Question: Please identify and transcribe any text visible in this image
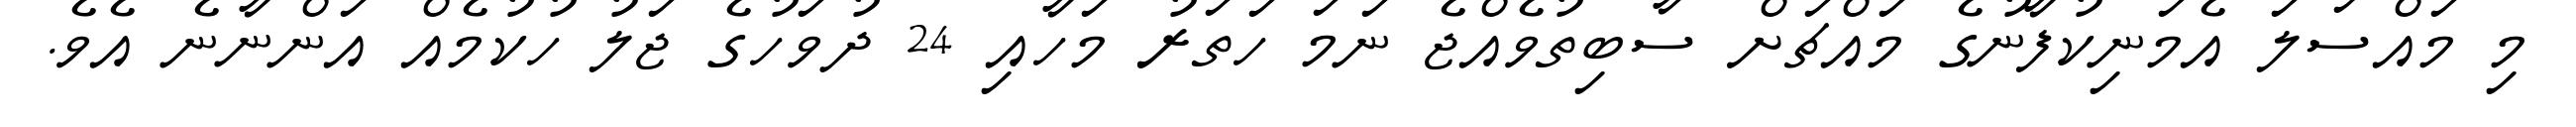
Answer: މި މައްސަލަ އެމަނިކުފާނުގެ މައްޗަށް ސާބިތުވެއްޖެ ނަމަ ހަތަރު މަހާއި 24 ދުވަހުގެ ޖަލު ހުކުމެއް އަންނާނެ އެވެ.